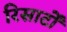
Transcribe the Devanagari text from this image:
रिसार्टों